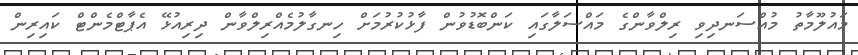
މައުލޫމާތު މުއްސަނދިވި ރިލްވާންގެ މައްސަލާގައި ކަންބޮޑުވުން ފާޅުކުރުމަށް ހިނގާލުމެއްރިލްވާން ދިރިއުޅޭ އެޕާޓްމެންޓް ކައިރިން